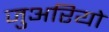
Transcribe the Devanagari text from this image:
जुअरियो